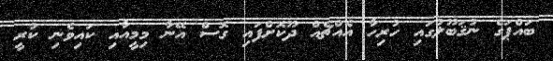
ބައްޕަގެ ނުޤަބޫލުގައި ހުރިހާ އެއްޗެއް ދޫކޮށްފައި ގޮސް އޭނާ މިމީއާއި ކައިވެނި ކުރީ